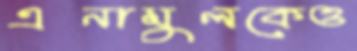
এনামুলকেও